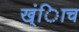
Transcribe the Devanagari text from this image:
ख्ंिाच